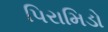
પિરામિડો